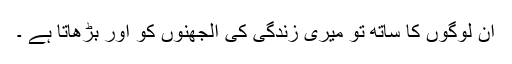
ان لوگوں کا ساتھ تو میری زندگی کی الجھنوں کو اور بڑھاتا ہے ۔